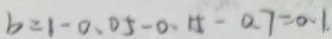
b = 1 - 0 . 0 5 - 0 . 5 5 - 0 . 7 = 0 . 1